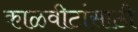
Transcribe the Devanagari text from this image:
काळवीटांसाठी